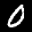
Label: 0